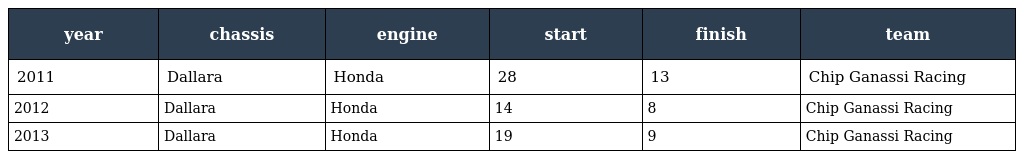
| year | chassis | engine | start | finish | team |
 | --- | --- | --- | --- | --- | --- |
 | 2011 | Dallara | Honda | 28 | 13 | Chip Ganassi Racing |
 | 2012 | Dallara | Honda | 14 | 8 | Chip Ganassi Racing |
 | 2013 | Dallara | Honda | 19 | 9 | Chip Ganassi Racing |